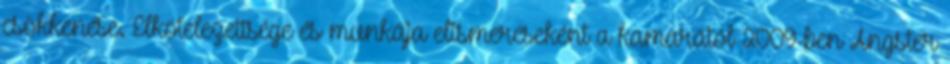
csökkenése. Elkötelezettsége és munkája elismeréseként a kamarától 2009-ben Angster